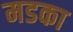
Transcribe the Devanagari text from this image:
मडका